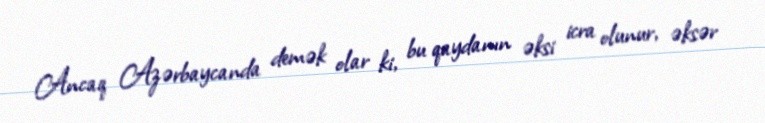
Ancaq Azərbaycanda demək olar ki, bu qaydanın əksi icra olunur, əksər